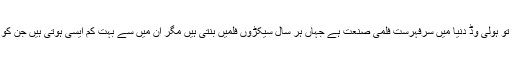
اور جب فلموں کی بات ہو تو ہولی وڈ دنیا میں سرفہرست فلمی صنعت ہے جہاں ہر سال سیکڑوں فلمیں بنتی ہیں مگر ان میں سے بہت کم ایسی ہوتی ہیں جن کو سدابہار قرار دیا جاتا ہے۔